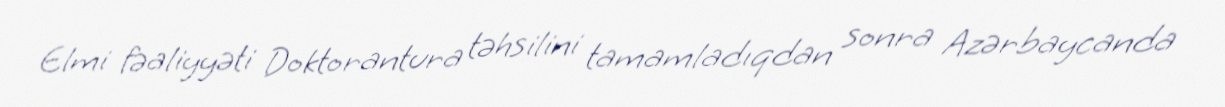
Elmi fəaliyyəti Doktorantura təhsilini tamamladıqdan sonra Azərbaycanda